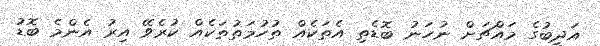
އަދީބުގެ މައްޗަށް ނުހަނު ބޮޑެތި އެތަކެއް ތުހުމަތުތަކެއް ކުރެވޭ އިރު އެންމެ ބޮޑު